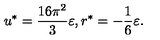
u ^ { * } = \frac { 1 6 \pi ^ { 2 } } { 3 } \varepsilon , r ^ { * } = - \frac { 1 } { 6 } \varepsilon .